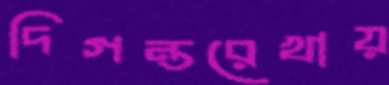
দিগন্তরেখায়